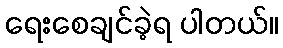
ရေးစေချင်ခဲ့ရ ပါတယ်။